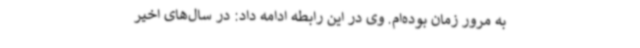
به مرور زمان بوده‌ام. وی در این رابطه ادامه داد: در سال‌های اخیر